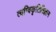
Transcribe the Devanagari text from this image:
त्वग्विकृतिविज्ञान